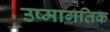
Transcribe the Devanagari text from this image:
उष्मागतिक